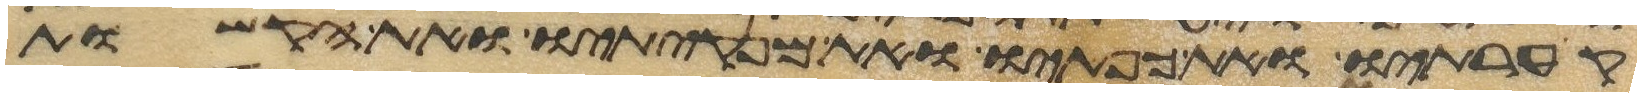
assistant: קערתיו ואת כפתיו ואת מנקיתיו ואת הקשות